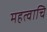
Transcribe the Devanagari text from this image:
महत्वाचि